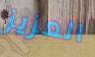
العزيز